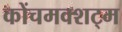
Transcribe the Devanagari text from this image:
कोंचमक्शट्म